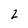
Character: 2